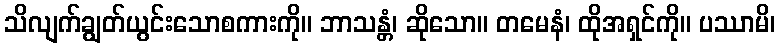
သိလျက်ချွတ်ယွင်းသောစကားကို။ ဘာသန္တံ၊ ဆိုသော။ တမေနံ၊ ထိုအရှင်ကို။ ပဿာမိ၊